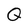
Character: Q